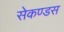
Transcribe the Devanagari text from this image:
सेकण्डस